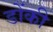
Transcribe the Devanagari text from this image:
डोंकी